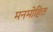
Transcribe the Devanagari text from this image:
मनमोहित